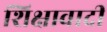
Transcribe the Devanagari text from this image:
शिक्षावादी